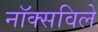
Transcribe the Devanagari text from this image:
नाॅक्सविले